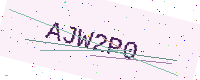
Text: AJW2P0